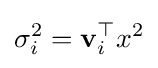
\sigma _{i}^{2}=\mathbf {v} _{i}^{\top }x^{2}